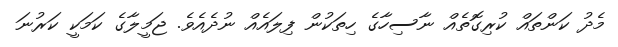
މެދު ކަންތައް ކުރިގޮތެއް ނާސިހާގެ ހިތަކުން ފިލައެއް ނުދެއެވެ. ޖަމީލާގެ ކަމަކީ ކަރުނަ